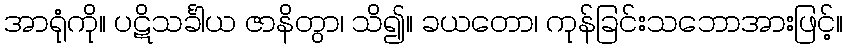
အာရုံကို။ ပဋိသင်္ခါယ ဇာနိတွာ၊ သိ၍။ ခယတော၊ ကုန်ခြင်းသဘောအားဖြင့်။